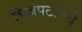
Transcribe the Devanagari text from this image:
चित्रपटांमधे